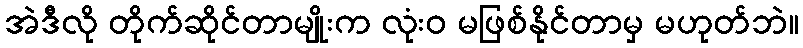
အဲဒီလို တိုက်ဆိုင်တာမျိုးက လုံးဝ မဖြစ်နိုင်တာမှ မဟုတ်ဘဲ။